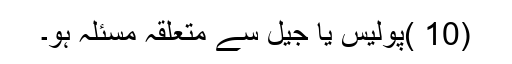
(10 )پولیس یا جیل سے متعلقہ مسئلہ ہو۔